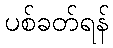
ပစ်ခတ်ရန်